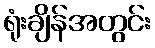
ရုံးချိန်အတွင်း